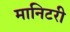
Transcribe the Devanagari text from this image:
मानिटरी